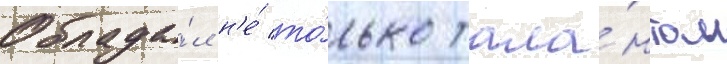
Облада́л н'е́ то́лько тала́нтом